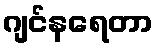
ဂျင်နရေတာ